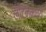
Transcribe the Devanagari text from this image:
लॅटिनमध्यें